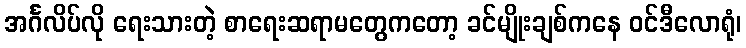
အင်္ဂလိပ်လို ရေးသားတဲ့ စာရေးဆရာမတွေကတော့ ခင်မျိုးချစ်ကနေ ဝင်ဒီလောရုံ၊